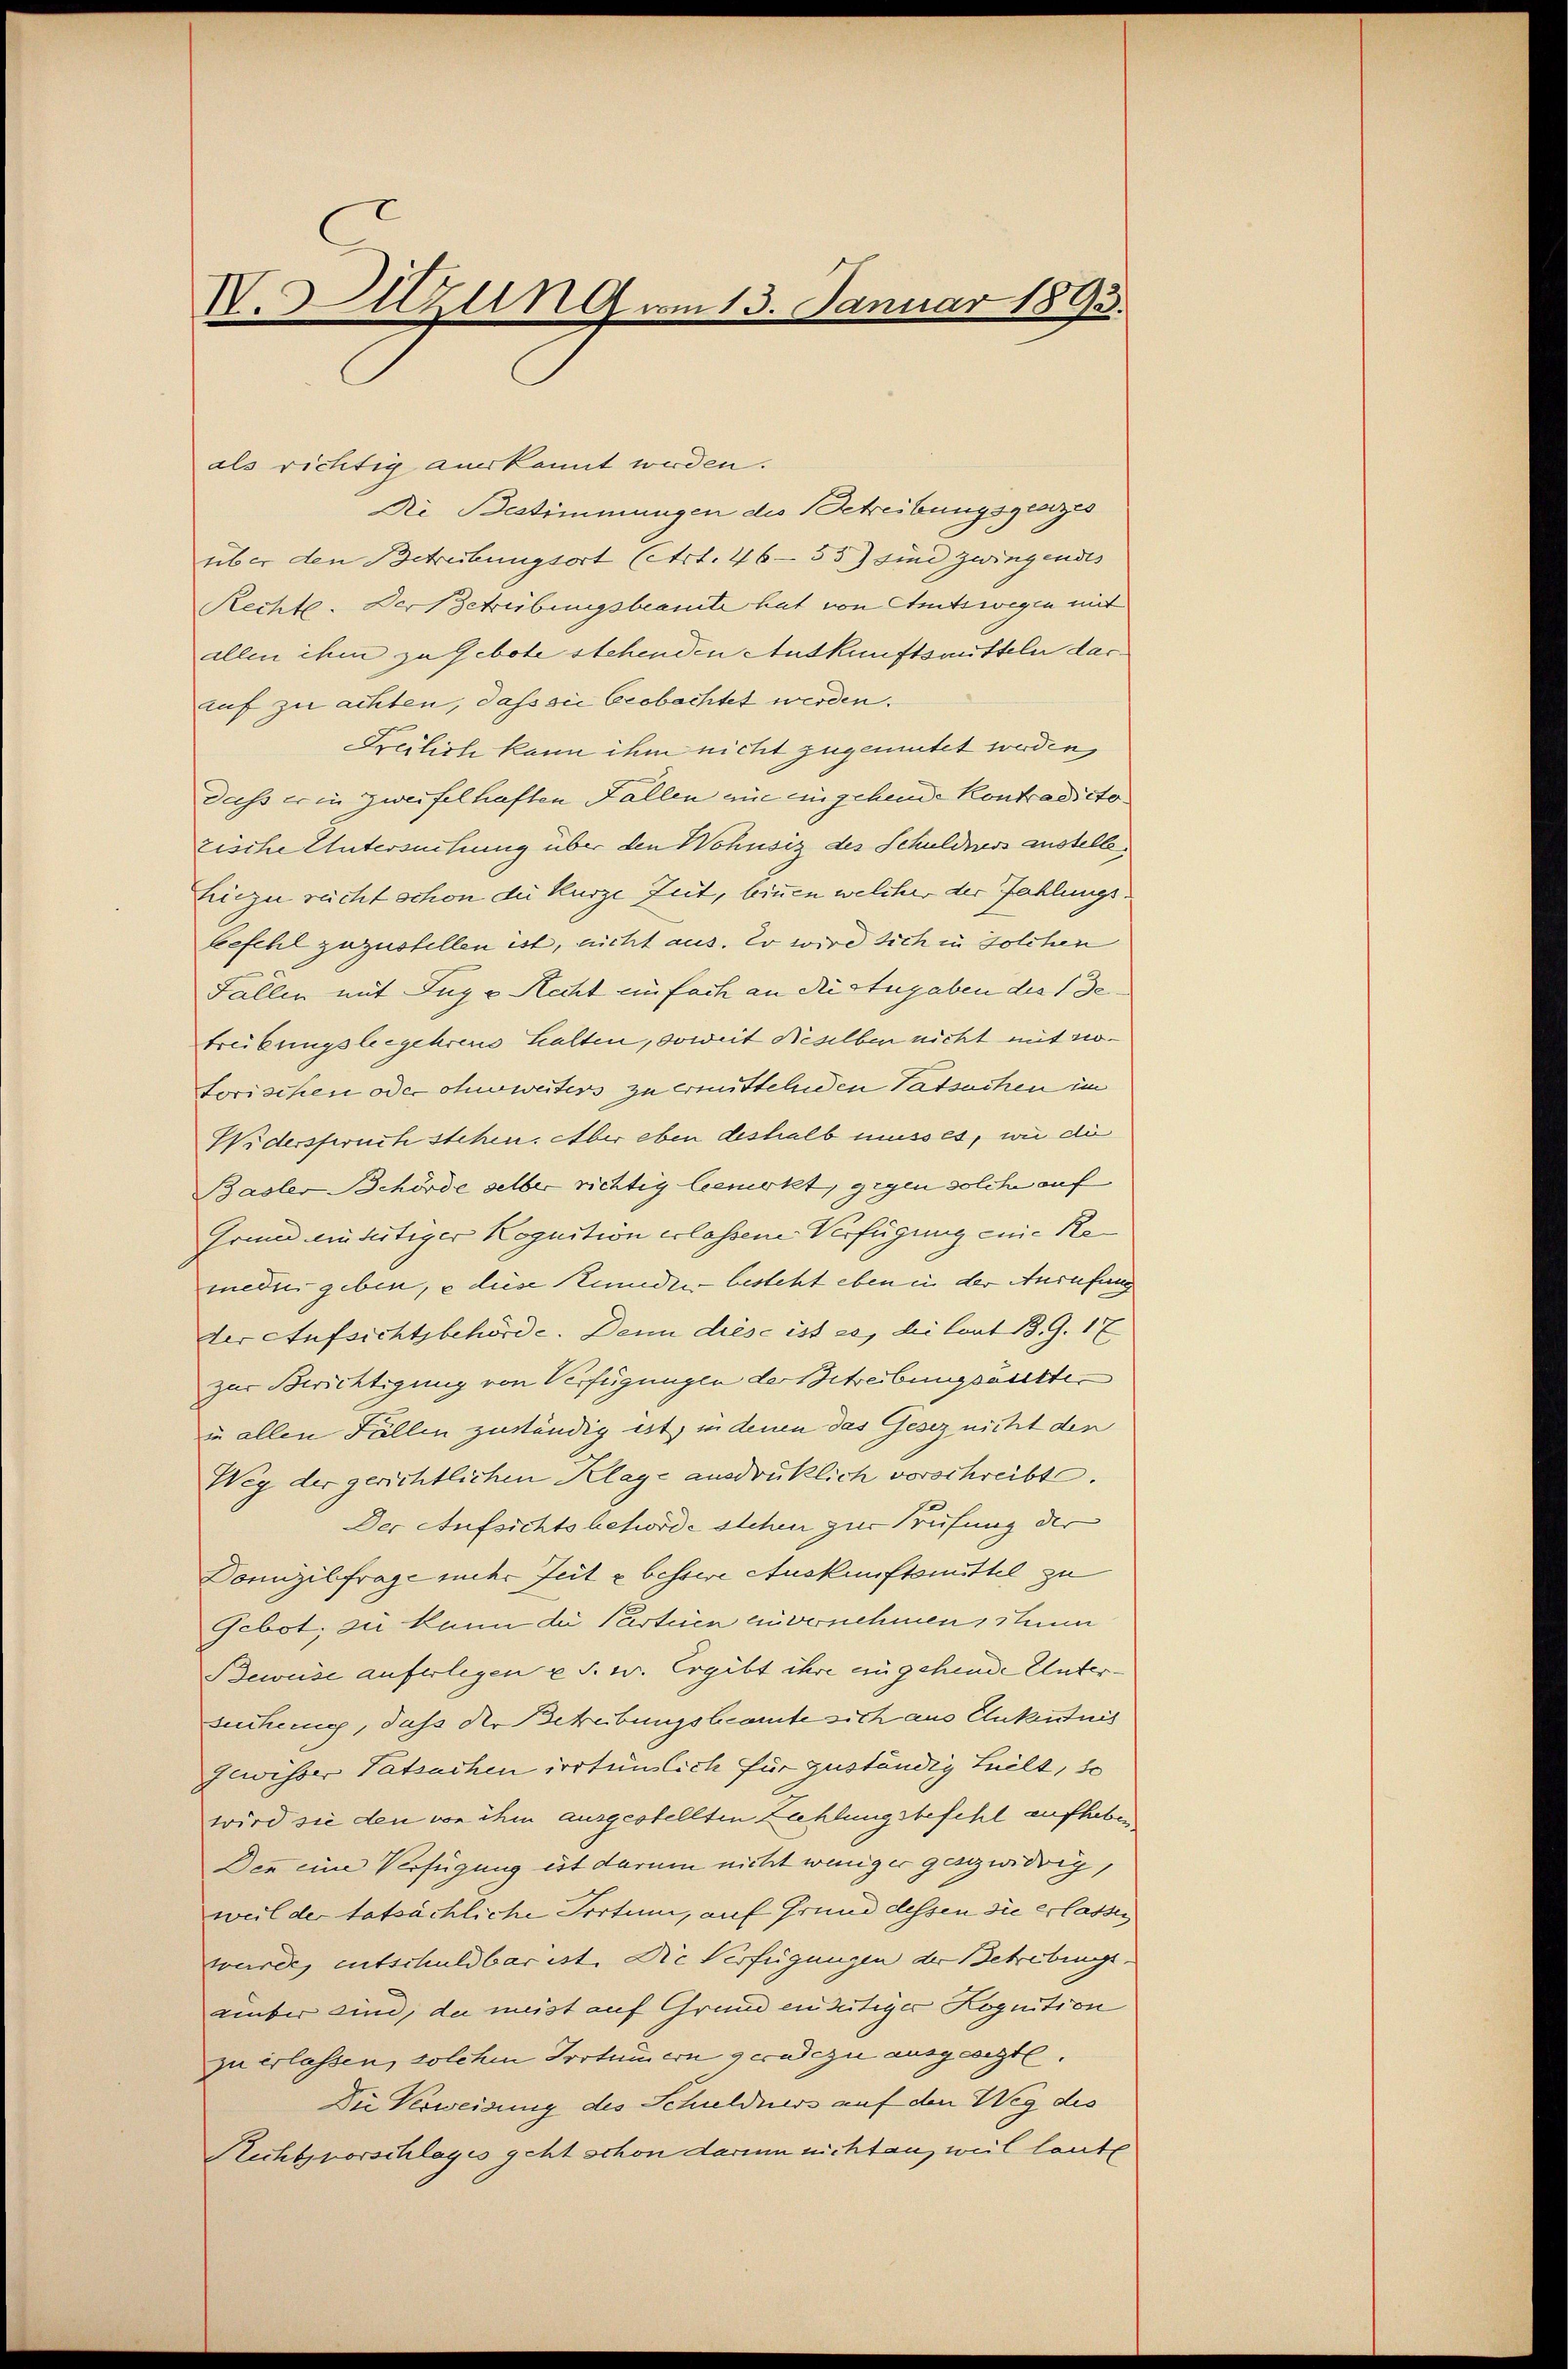
I.Sitzung vom 13. Januar 1893.

als richtig anerkannt werden.
Ni Bestimmungen die Betreibungsgeszes
über den Betrübungsort (Art. 46—55) sind zwingendes
Rechte. Der Betrübungsbeamte hat von Amtswegen mit
allen ihm zu Gebote stehenden Auskunftsmitteln darruf zu achten, dass sie beobachtet werden.
Freilich kann ihm nicht zugemutet werden,
dass er in zweifelhaften Fallen ein eingehende Kontradicto
zische Untersuchung über den Wohnsiz des Schuldlos austelle,
hiezu reicht schon die kurze Zeit, binen welcher der Fahlungs
befehl zuzustellen ist, nicht aus. Er wird sich in solchen
Fallen mit Zuge Recht einfach an die Angaben die Getreibungsbegehrend halten, soweit dieselben nicht mit sotorischen oder ohnerweiters zu ermittelnden Tatsachen im
Widerspruch stehen. Aber eben deshalb musses, wie di
Basler Behörde selber richtig beerkt, gegen solche auf
Grund ain fertiger Kognition erlassene Verfügung eine Remeder geben, u diese Stunder besteht eben in der Anrufung
der Aufsichtsbehörde. Denn diese ist es, die laut B. G. 17
zur Berichtigung von Verfügungen der Betreibungsakten
in allen Fällen zuständig ist, in denen das Gesez nicht den
Weg der gerichtlichen Klage ausdrüklich vorschreibt.
Der Aufsichtsbehörde stehen zur Prüfung der
Domizilfrage inder Zeit u bessere Auskunftsmittel zu
Gebot, zu kann die Parteien zuvernehmen, steue
Beweise auferlegen u. s. w. Ergibt ihre eingehende Unter-
suchung, daß der Schreibungsbeamte sich aus Enkestnis
gewisser Tatsachen irrtümlich für zuständig heilt, so
wird sie den von ihm ausgestellten Zahlungsbefehl aufhabe
Den eine Verfügung ist darum nicht weniger ganz widrig,
weil der tatsächliche Irrtum, auf Grund dessen sie erlassen
werde, entschuldbar ist. Die Verfügungen der Betrebungs
amber eine, da meist auf Grund einseitiger Kognition
zu erlassen, solchen Irrtümern geradezu ausgearzte.
Die Verweisung des Schuldners auf den Weg des
Richtsvorschlages geht schon darum nichtan, weil laute